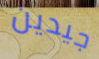
جيدين